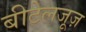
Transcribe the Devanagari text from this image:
बीटेलजूज़